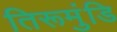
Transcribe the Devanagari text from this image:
तिरूमुंडि